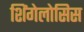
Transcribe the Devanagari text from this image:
शिंगेलोसिस